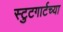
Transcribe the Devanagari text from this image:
स्टुटगार्टच्या